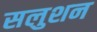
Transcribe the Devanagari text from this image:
सलुशन